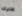
عليك